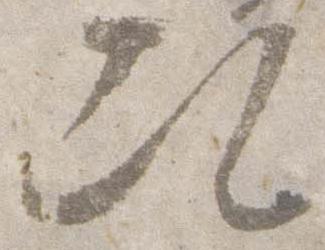
次